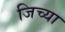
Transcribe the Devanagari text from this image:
जिच्‍या